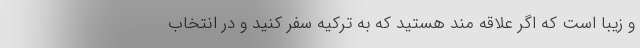
و زیبا است که اگر علاقه ‌مند هستید که به ترکیه سفر کنید و در انتخاب